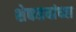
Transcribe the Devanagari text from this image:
शेकडयांच्या